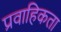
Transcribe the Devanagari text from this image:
प्रवाहिकता